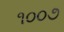
૧૦૦૭